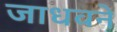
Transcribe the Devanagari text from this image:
जाधवने